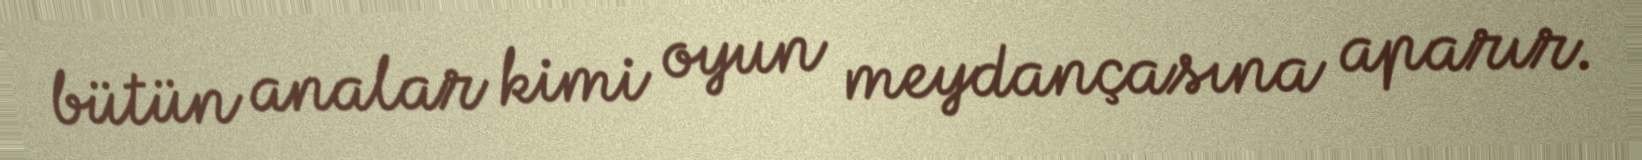
bütün analar kimi oyun meydançasına aparır.